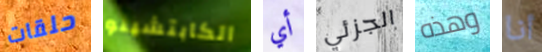
حلقات الكابتشينو أي الجزئي وهذه أنا